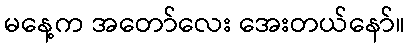
မနေ့က အတော်လေး အေးတယ်နော်။